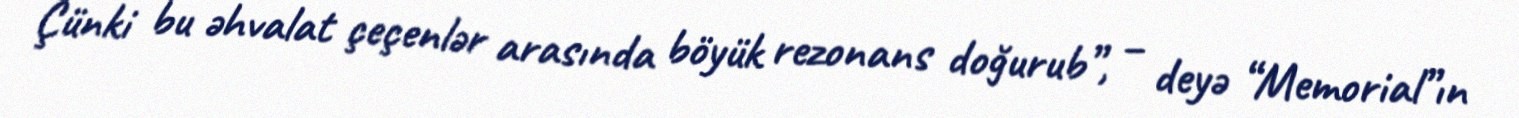
Çünki bu əhvalat çeçenlər arasında böyük rezonans doğurub”, – deyə “Memorial”ın